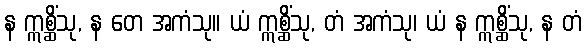
န ဣစ္ဆိံသု, န တေ အကံသု။ ယံ ဣစ္ဆိံသု, တံ အကံသု၊ ယံ န ဣစ္ဆိံသု, န တံ